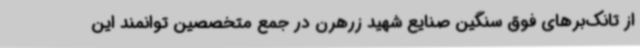
از تانک‌برهای فوق سنگین صنایع شهید زرهرن در جمع متخصصین توانمند این